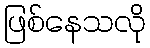
ဖြစ်နေသလို